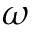
\omega